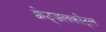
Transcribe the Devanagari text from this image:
क्वेट्ज़लकोट्ल